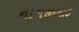
નાગજીભાઇ